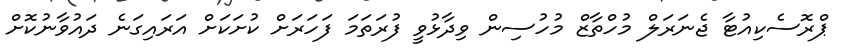
ޕްރޮސެކިއުޓާ ޖެނަރަލް މުހްތާޒް މުހުސިން ވިދާޅުވީ ފުރަތަމަ ފަހަރަށް ކުށަކަށް އަރައިގަނެ ދައުވާނުކޮށް